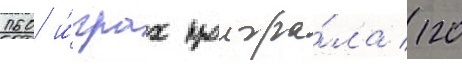
160 и́грах проигра́ла 120